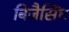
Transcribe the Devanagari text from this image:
बिजैसिंध